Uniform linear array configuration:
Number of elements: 24
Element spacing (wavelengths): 0.25
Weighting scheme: blackman
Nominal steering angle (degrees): -45
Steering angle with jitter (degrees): -45.702
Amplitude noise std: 0.05
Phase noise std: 0.05

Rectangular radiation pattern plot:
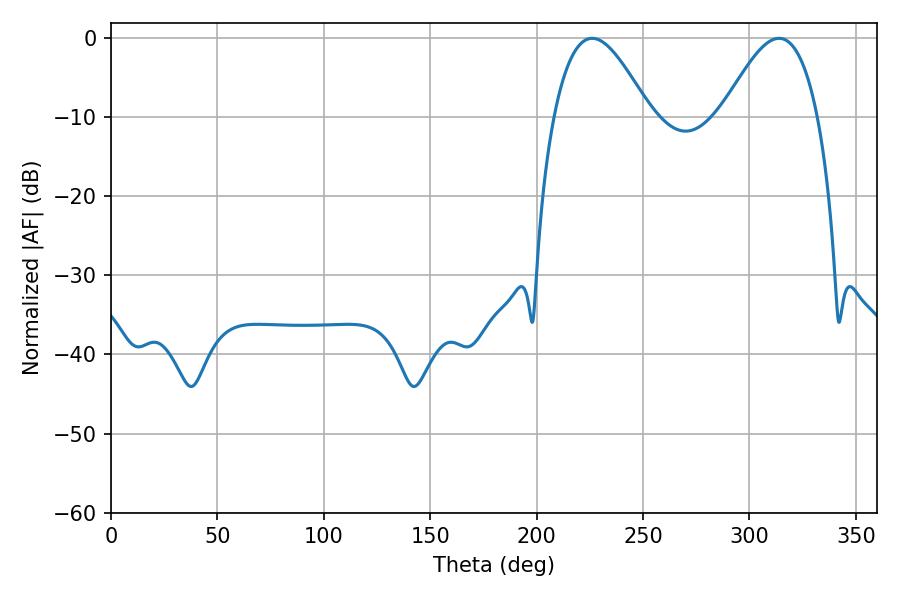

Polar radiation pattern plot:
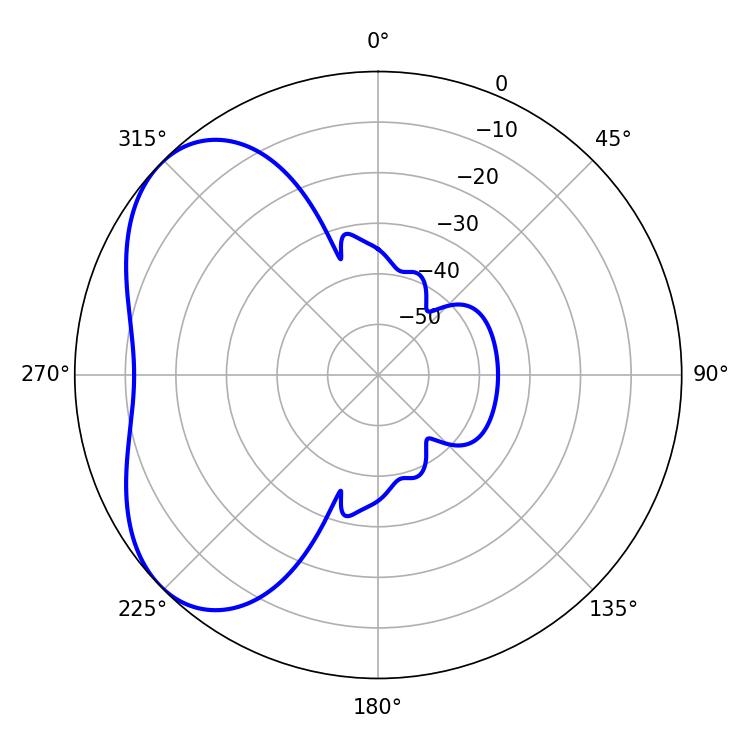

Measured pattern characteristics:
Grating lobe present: FALSE
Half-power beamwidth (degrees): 24.3
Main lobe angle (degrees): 226.08